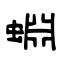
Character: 蜵